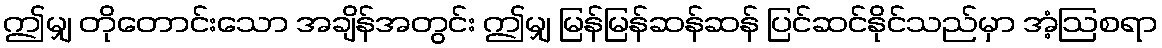
ဤမျှ တိုတောင်းသော အချိန်အတွင်း ဤမျှ မြန်မြန်ဆန်ဆန် ပြင်ဆင်နိုင်သည်မှာ အံ့ဩစရာ